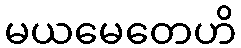
မယမေတေဟိ